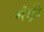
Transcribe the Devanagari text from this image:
मंड़ी